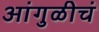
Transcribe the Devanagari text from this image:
आंगुळीचं